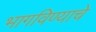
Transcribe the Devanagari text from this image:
भागविण्याचे